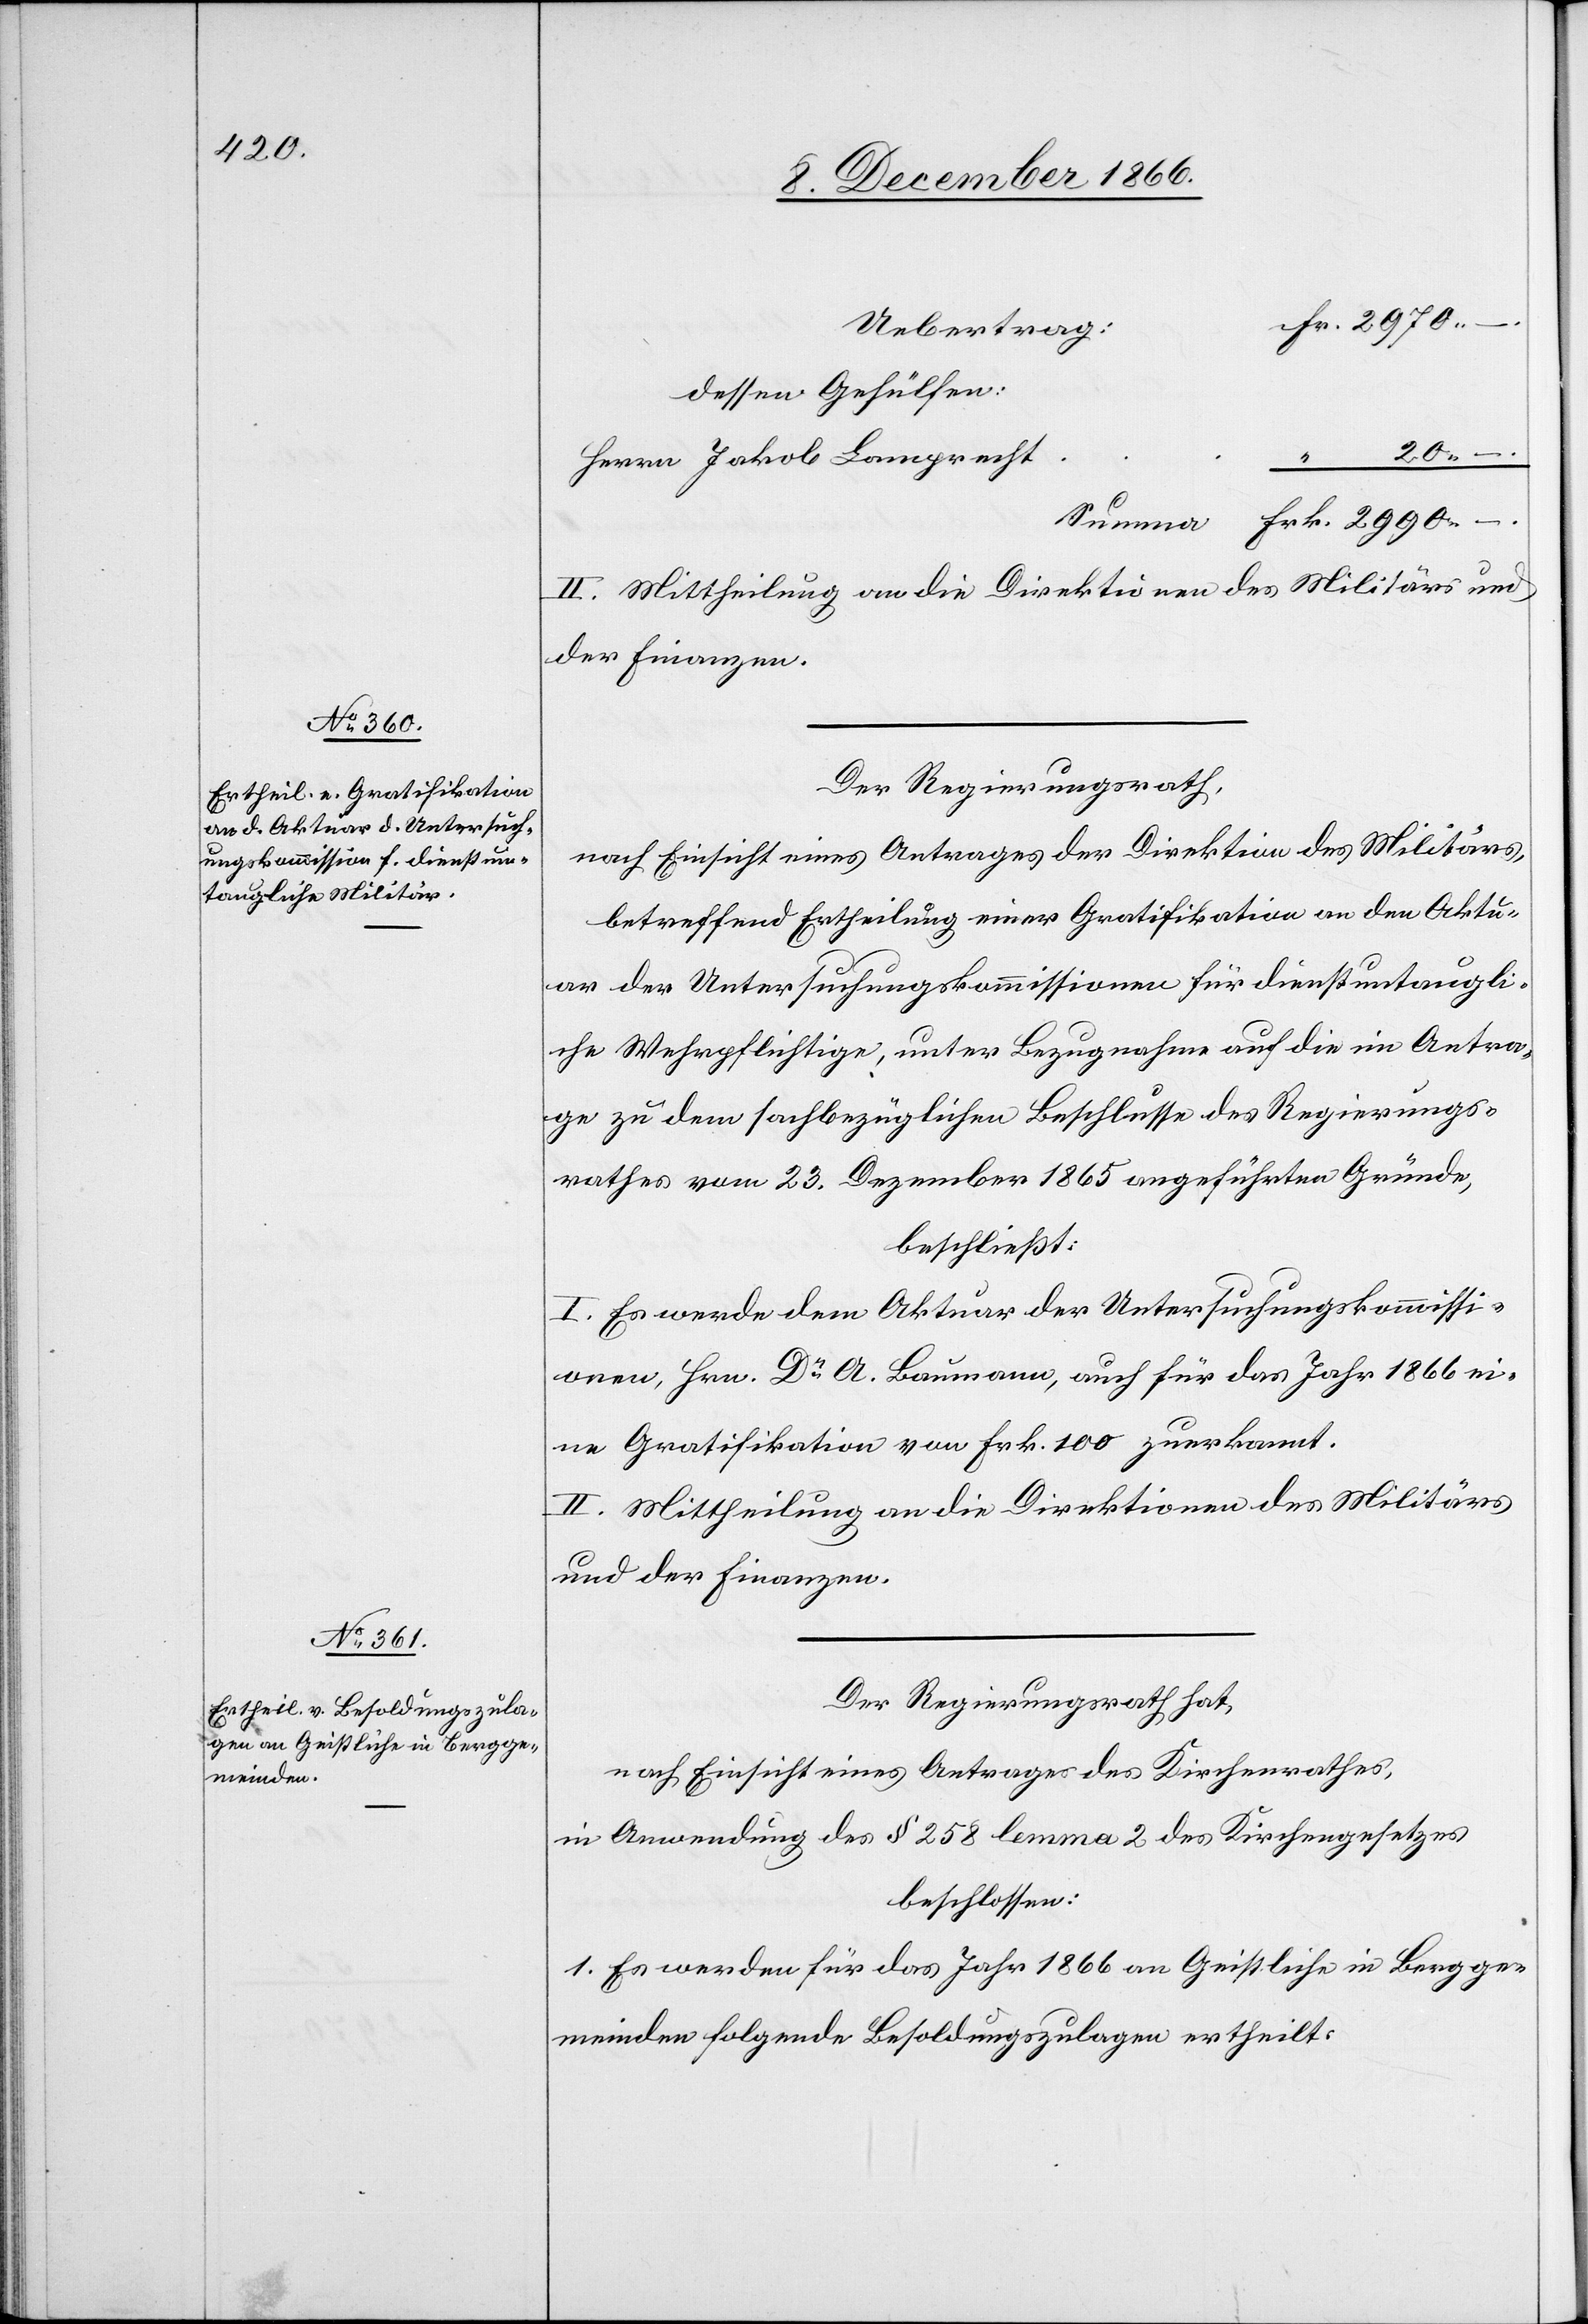
2990.

dessen Gehülfen:
20.
–.
II. Mittheilung an die Direktionen des Militärs und
der Finanzen.
Der Regierungsrath,
nach Einsicht eines Antrages der Direktion des Militärs,
betreffend Ertheilung einer Gratifikation an den Aktu¬
ar der Untersuchungskommissionen für dienstuntaugli¬
che Wehrpflichtige, unter Bezugnahme auf die im Antra¬
ge zu dem sachbezüglichen Beschlusse des Regierungs¬
rathes vom 23. Dezember 1865 angeführten Gründe,
beschließt:
I. Es werde dem Aktuar der Untersuchungskommissi¬
onen, Hrn. Dr. A. Baumann, auch für das Jahr 1866 ei¬
ne Gratifikation von Frk. 100 zuerkannt.
II. Mittheilung an die Direktionen des Militärs
und der Finanzen.
Der Regierungsrath hat,
nach Einsicht eines Antrages des Kirchenrathes,
in Anwendung des § 258 lemma 2 des Kirchengesetzes
beschlossen:
1. Es werden für das Jahr 1866 an Geistliche in Bergge¬
meinden folgende Besoldungszulagen ertheilt: